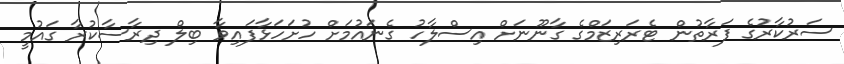
ސަރުކާރުގެ ފަރާތުން ޓެރަރިޒަމްގެ ގާނޫނަށް އިސްލާހު ގެނައުމަށް ހުށަހަޅާފައިވާ ބިލް ދިރާސާކުރާ ގައުމީ